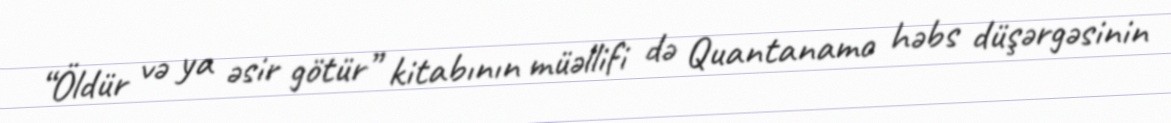
“Öldür və ya əsir götür” kitabının müəllifi də Quantanamo həbs düşərgəsinin